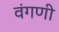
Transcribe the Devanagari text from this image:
वंगणी